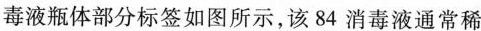
毒液瓶体部分标签如图所示，该84消毒液通常稀